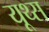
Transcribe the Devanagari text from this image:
यूथ्स